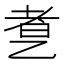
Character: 乽